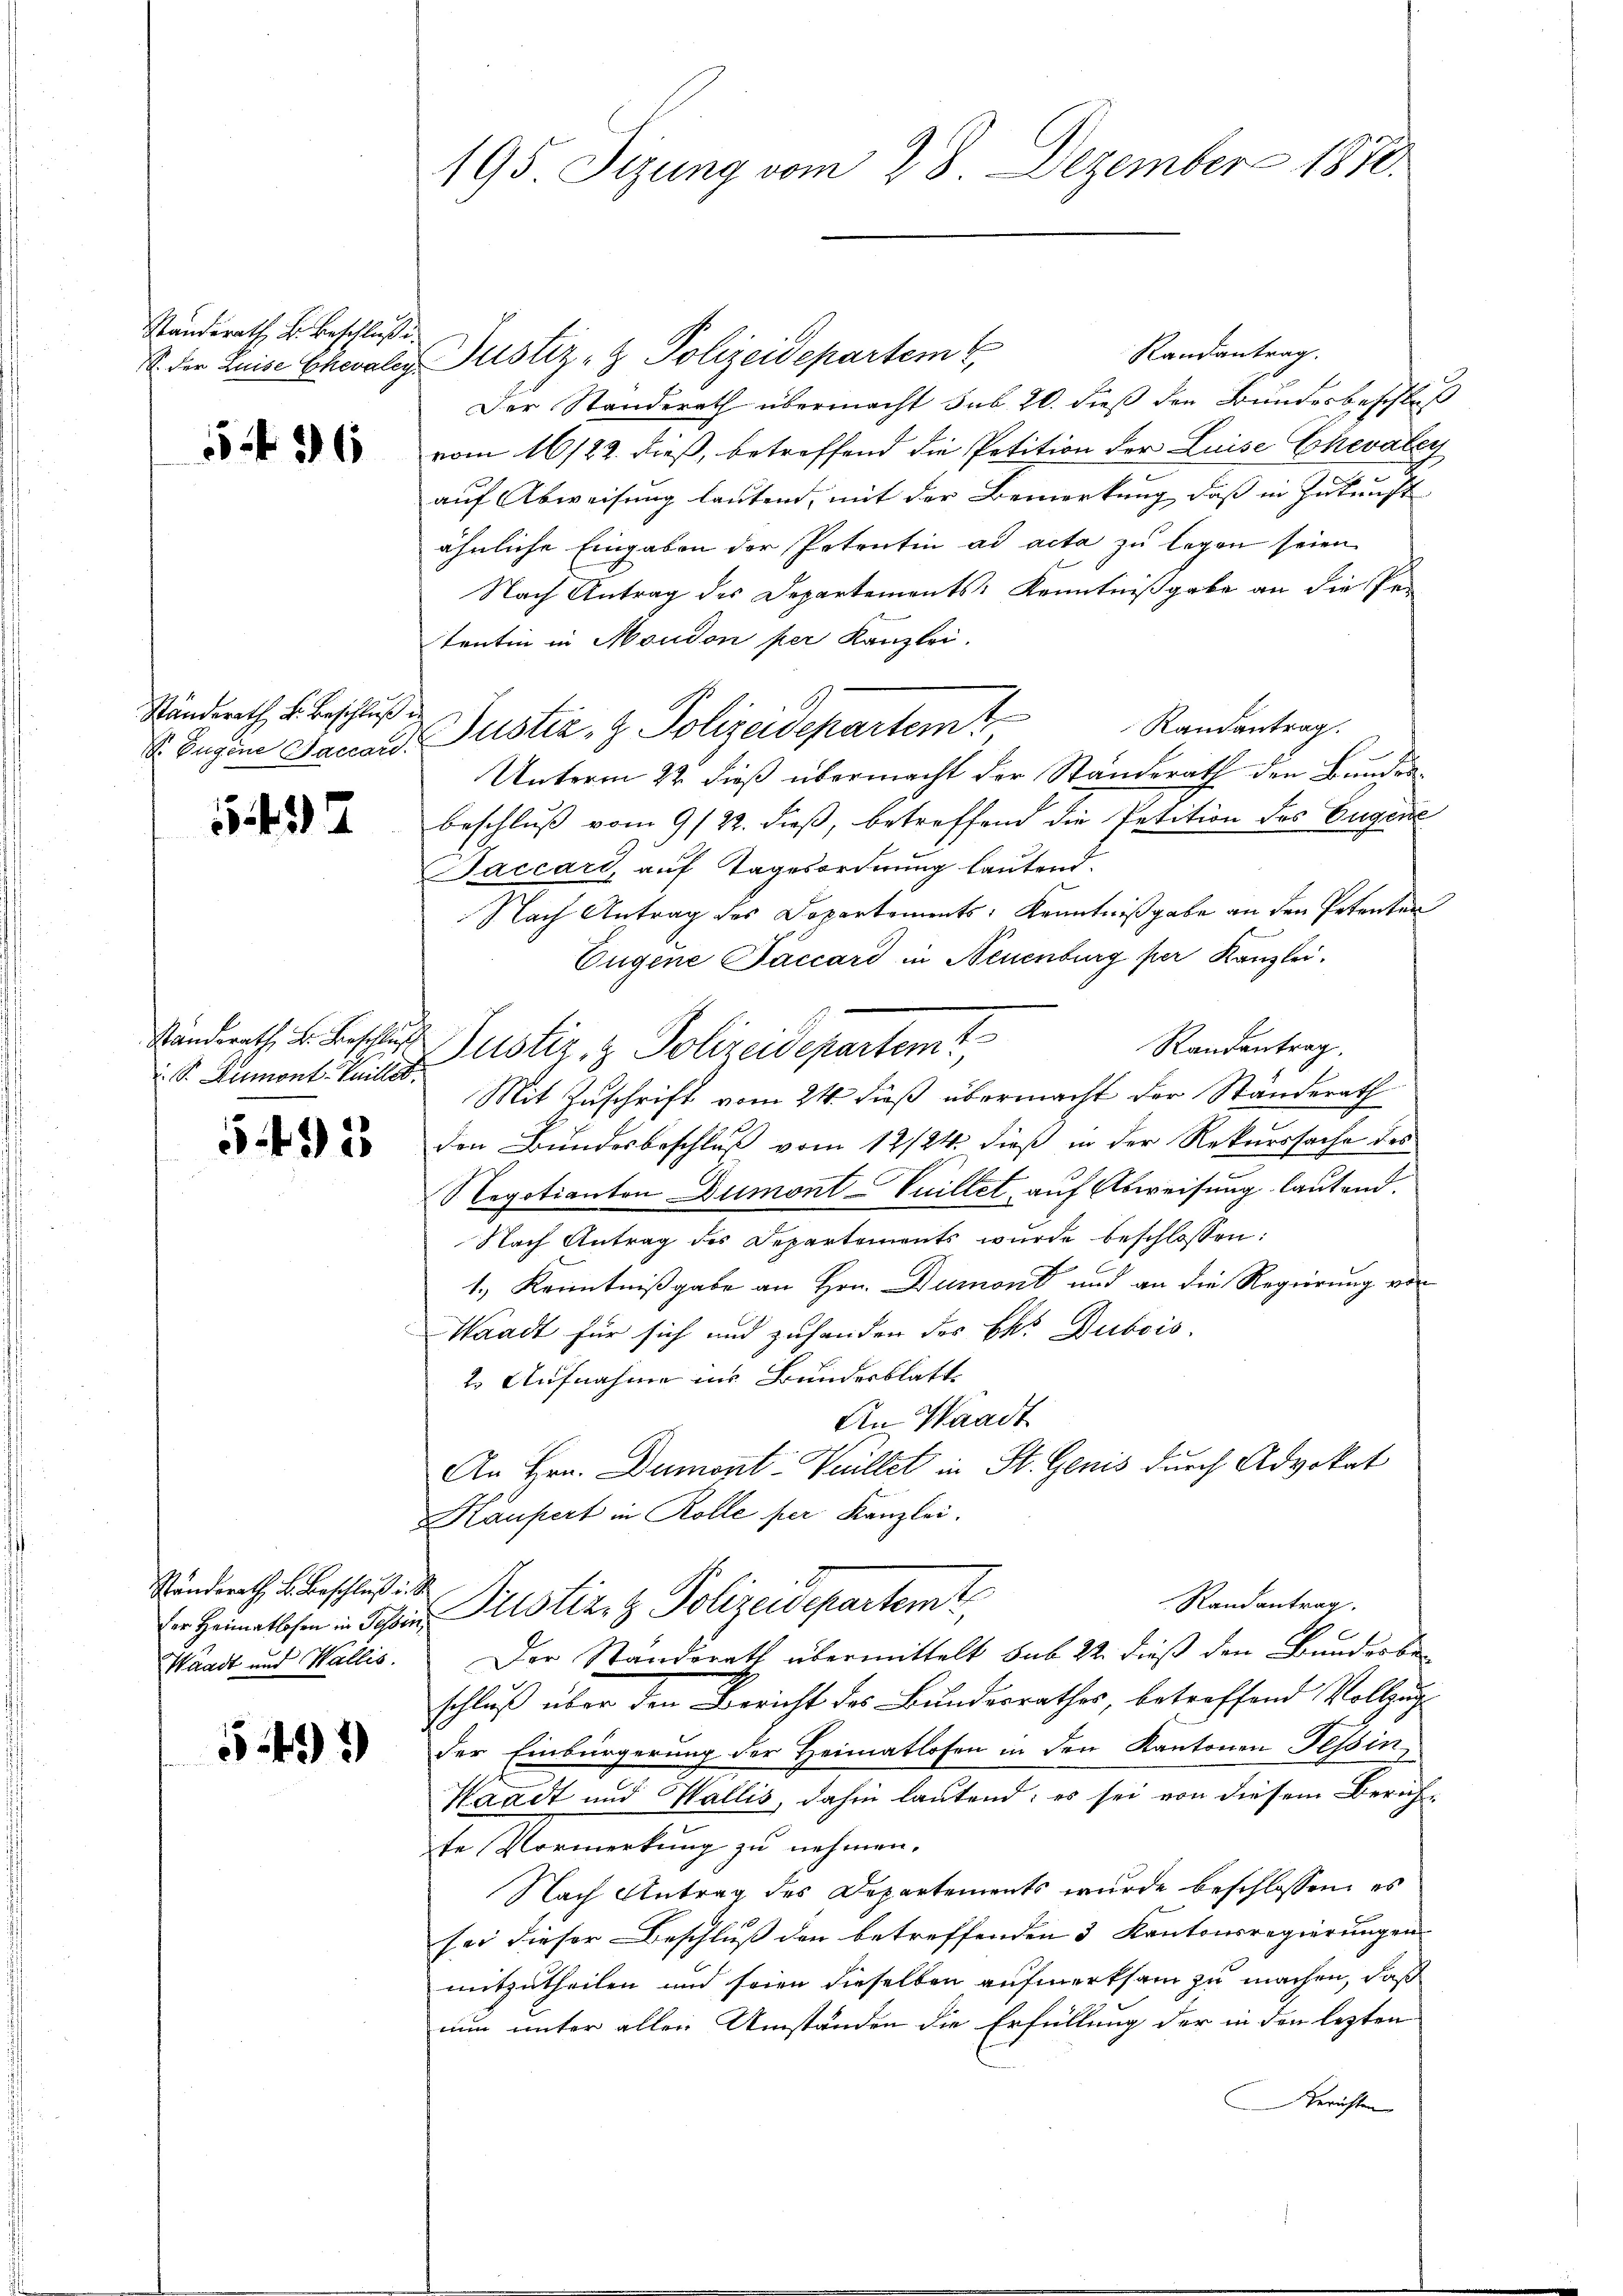
Standerath B. Beschluße

555 f 36

Ständerath L. Beschluß de

5437

S. Dumont-Vaillet.

592

Ständerath B. Beschluß u. S.
Waadt und Wallis.

542)

Randantrag.
S. der Luise Chevaler Justiz- & Polizeidepartem E
Der Standerath übermacht sub 20. dieß den Bundesbeschluß
vom 16/22. dieß, betreffend die Petition der Luise Chevaley
auf Abweisung lautend, mit der Bemerkung, daß in Gutachte
ähnliche Eingaben der Petentin ad acta zu legen seien
Nach Antrag des Departements Kenntnißgabe an die Pe-
tentin in Moudon per Kanzlei.
Randantrag.
S. Begine Daraus Justiz & Polizeidepartemt
Unterm 22. dieß übermacht der Ständerath den Bundenbeschluss vom 9/22. dieß, betreffend die Petition des Eugene
Jaccard, auf Tagesordnung lautend.
Nach Antrag des Departements, Kenntnißgabe an den Petenten
Eugene Paccard in Neuenburg per Kanzlei.
Sändrath, u. Fassus Justiz- & Polizeidepartem t
Randantrag.
Mit Zuschrift vom 24. dieß übermacht der Ständerath
den Bundesbeschluß vom 12/24. dieß in der Rekurssache des
Negotianton Dumont-Vuillet auf Abweisung lautend.
Nach Antrag des Departements wurde beschlossen:
1.) Kenntnißgabe an Hrn. Dumont und an die Regierung vor
Waadt für sich und zuhanden des Pkt. Dubois
2. Aufnahme ins Bundesblatt
An Waadt
An Hrn. Dumont-Weillet in St. Genis durch Advokat
Häußert in Rolle per Kanzlei.
Randantrag.
Der Heimatlosen in Schen Pilistiz- & Polizeidepartemte
Der Standerath übermittelt sub 22. dieß den Bunderbe
schluß über den Bericht des Bundesrathes, betreffend Vollzug
der Einbürgerung der Heimatlosen in den Kantonen Tessin,
Waadt und Wallis, dahin lautend; es sei von diesem Beruf-
te Vormerkung zu nehmen.
Nach Antrag des Departements wurde beschlossen, es
sei dieser Beschluß den betreffenden 3 Kantonsregierungen
mitzutheilen und seien dieselben aufmerksam zu machen, daß
nun unter allen Umständen die Erfüllung der in den lezten
Gerichten

195 Sizung vom 28. Dezember 1870.